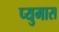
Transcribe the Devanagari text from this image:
प्युमास